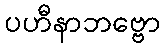
ပဟီနာဘဗ္ဗော